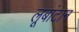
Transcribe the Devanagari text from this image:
लूबांटान